Indian Civil Veterinary Department memoirs
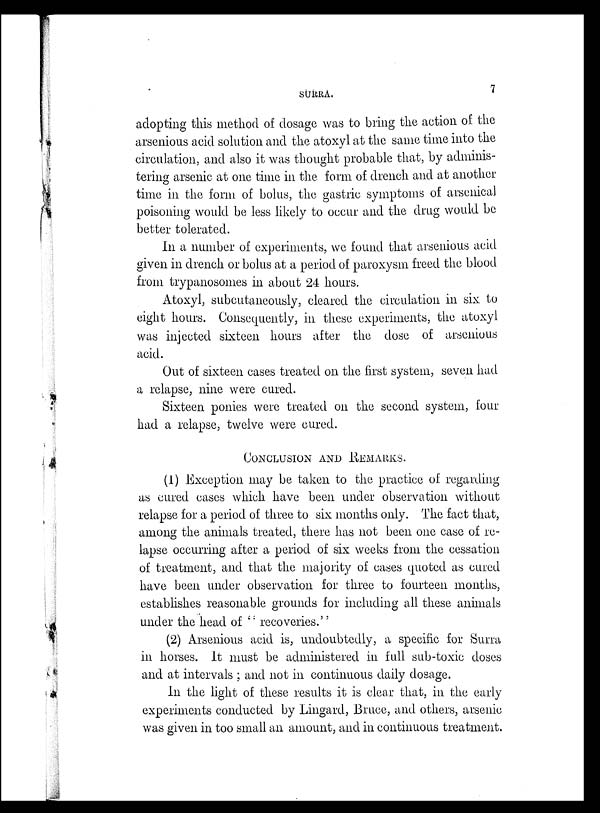
SURRA.
7
adopting this method of dosage was to bring the action of the
arsenious acid solution and the atoxyl at the same time into the
circulation, and also it was thought probable that, by adminis-
tering arsenic at one time in the form of drench and at another
time in the form of bolus, the gastric symptoms of arsenical
poisoning would be less likely to occur and the drug would be
better tolerated.
In a number of experiments, we found that arsenious acid
given in drench or bolus at a period of paroxysm freed the blood
from trypanosomes in about 24 hours.
Atoxyl, subcutaneously, cleared the circulation in six to
eight hours. Consequently, in these experiments, the atoxyl
was injected sixteen hours after the dose of arsenious
acid.
Out of sixteen cases treated on the first system, seven had
a relapse, nine were cured.
Sixteen ponies were treated on the second system, four
had a relapse, twelve were cured.
CONCLUSION AND REMARKS.
(1) Exception may be taken to the practice of regarding
as cured cases which have been under observation without
relapse for a period of three to six months only. The fact that,
among the animals treated, there has not been one case of re-
lapse occurring after a period of six weeks from the cessation
of treatment, and that the majority of cases quoted as cured
have been under observation for three to fourteen months,
establishes reasonable grounds for including all these animals
under the head of "recoveries.''
(2) Arsenious acid is, undoubtedly, a specific for Surra
in horses. It must be administered in full sub-toxic doses
and at intervals; and not in continuous daily dosage.
In the light of these results it is clear that, in the early
experiments conducted by Lingard, Bruce, and others, arsenic
was given in too small an amount, and in continuous treatment.